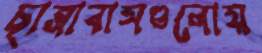
ছাত্রাবাসগুলোয়